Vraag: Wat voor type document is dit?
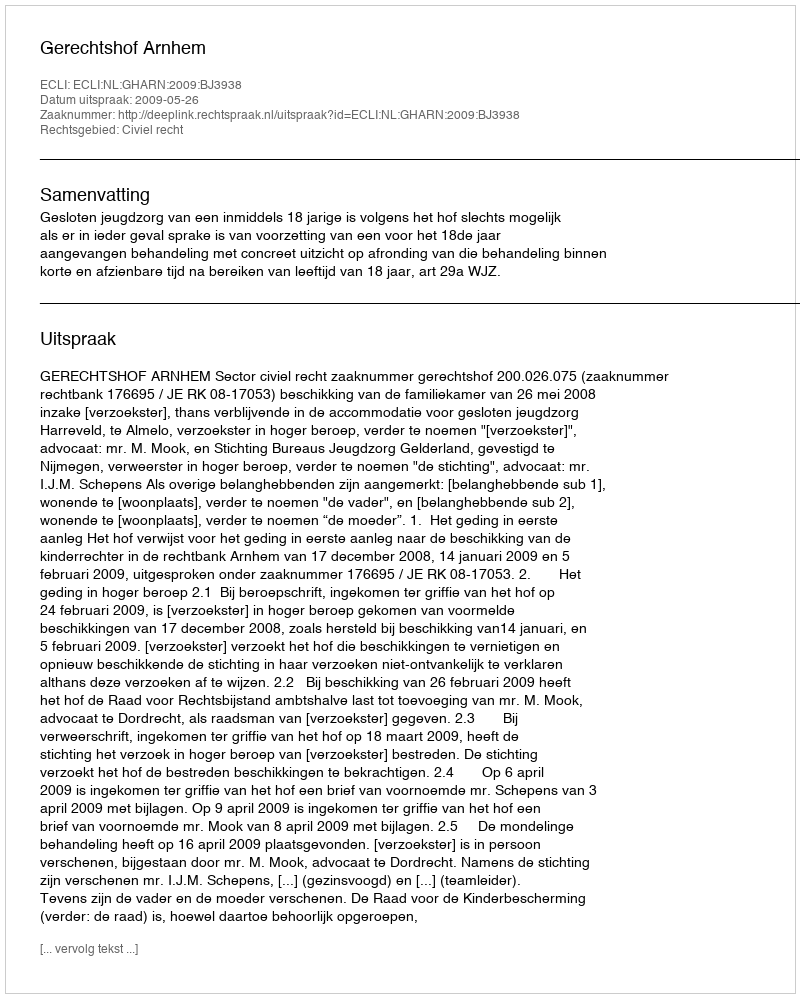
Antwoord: Uitspraak